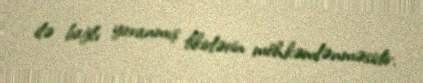
ilə bağlı yaranmış fikirlərin möhkəmlənməsidir.